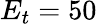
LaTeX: E_{t}=50